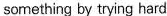
something by trying hard